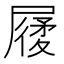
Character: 𡳌